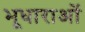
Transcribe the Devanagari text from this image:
भूधाराओं